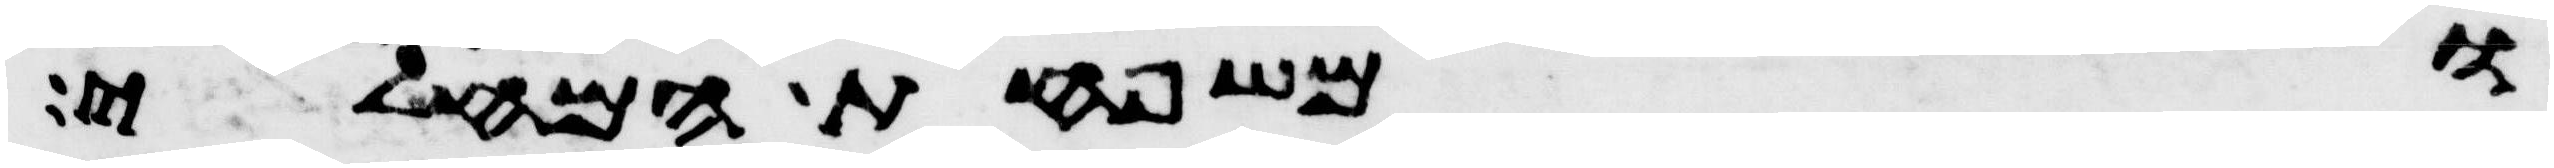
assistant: ומשפחת המחלי